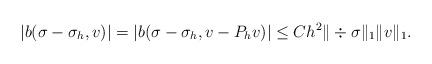
LaTeX: \begin{align*} |b(\sigma - \sigma_h,v)| = |b(\sigma - \sigma_h,v - P_h v)| \leq C h^2 \|\div \sigma\|_1 \|v\|_1. \end{align*}